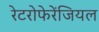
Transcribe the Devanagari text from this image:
रेटरोफेरेंजियल